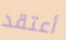
أعتقد